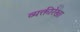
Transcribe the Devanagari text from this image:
व्यक्तीरेखा